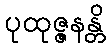
ပုထုဇ္ဇနန္တိ